Indian journal of veterinary science and animal husbandry - Volumes 24-25, 1954-1955
Year: 1954
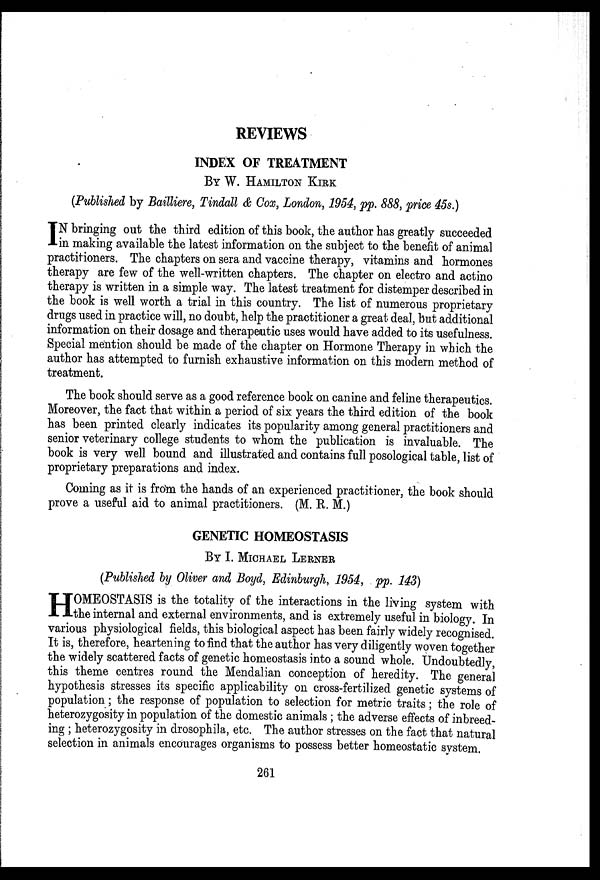
REVIEWS
INDEX OF TREATMENT
BY W. HAMILTON KIRK
(Published by Bailliere, Tindall & Cox, London, 1954, pp. 888, price 45s.)
I N bringing out the third edition of this book, the author has greatly succeeded
in making available the latest information on the subject to the benefit of animal
practitioners. The chapters on sera and vaccine therapy, vitamins and hormones
therapy are few of the well-written chapters. The chapter on electro and actino
therapy is written in a simple way. The latest treatment for distemper described in
the book is well worth a trial in this country. The list of numerous proprietary
drugs used in practice will, no doubt, help the practitioner a great deal, but additional
information on their dosage and therapeutic uses would have added to its usefulness.
Special mention should be made of the chapter on Hormone Therapy in which the
author has attempted to furnish exhaustive information on this modern method of
treatment.
The book should serve as a good reference book on canine and feline therapeutics.
Moreover, the fact that within a period of six years the third edition of the book
has been printed clearly indicates its popularity among general practitioners and
senior veterinary college students to whom the publication is invaluable. The
book is very well bound and illustrated and contains full posological table, list of
proprietary preparations and index.
Coming as it is from the hands of an experienced practitioner, the book should
prove a useful aid to animal practitioners. (M. R. M.)
GENETIC HOMEOSTASIS
BY I. MICHAEL LERNER
(Published by Oliver and Boyd, Edinburgh, 1954, pp. 143)
H OMEOSTASIS is the totality of the interactions in the living system with
the internal and external environments, and is extremely useful in biology. In
various physiological fields, this biological aspect has been fairly widely recognised.
It is, therefore, heartening to find that the author has very diligently woven together
the widely scattered facts of genetic homeostasis into a sound whole. Undoubtedly,
this theme centres round the Mendalian conception of heredity. The general
hypothesis stresses its specific applicability on cross-fertilized genetic systems of
population; the response of population to selection for metric traits; the role of
heterozygosity in population of the domestic animals; the adverse effects of inbreed-
ing; heterozygosity in drosophila, etc. The author stresses on the fact that natural
selection in animals encourages organisms to possess better homeostatic system.
261